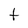
Character: t